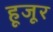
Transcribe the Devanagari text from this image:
हूजूर